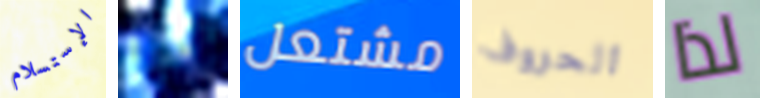
الإستسلام مرة مشتعل الحروف لذا